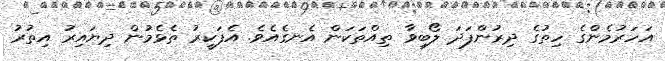
އަހަރުމެންގެ ހިތުގެ ދިރުންފަދަ ލޯބިވާ ތިއްތަކަން އެނގެއެވެ. އެފަކީރު ތެޅެމުން ދިޔައިރު އިތުރު